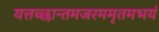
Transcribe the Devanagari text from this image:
यत्तच्छान्तमजरममृतमभयं